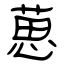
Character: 葸